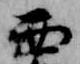
西